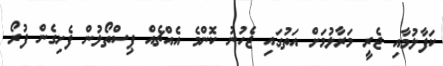
ކަފާލުމާއި ޖެރީ މަރާލުމަށް އަތުގައި ޖެހުނު ކޮންމެ އެއްޗެއް ޕިސްތޯލުން ފެށިގެން ފުރޯ